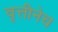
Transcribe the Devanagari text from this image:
वृत्तीनेच